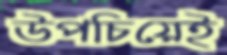
উপচিয়েই